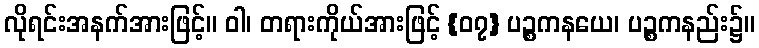
လိုရင်းအနက်အားဖြင့်။ ဝါ၊ တရားကိုယ်အားဖြင့် {၀၇} ပဉ္စကနယေ၊ ပဉ္စကနည်း၌။